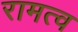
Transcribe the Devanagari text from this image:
रामत्व